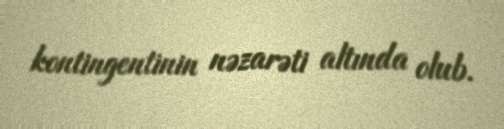
kontingentinin nəzarəti altında olub.